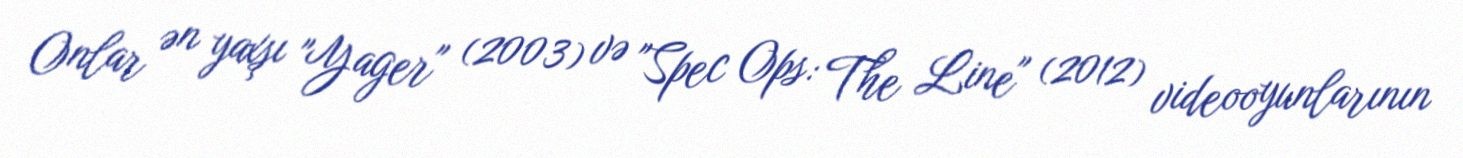
Onlar ən yaxşı "Yager" (2003) və "Spec Ops: The Line" (2012) videooyunlarının